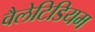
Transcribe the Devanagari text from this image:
वैलेटिडियम